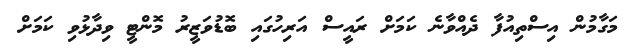
މަގާމުން އިސްތިއުފާ ދެއްވާނެ ކަމަށް ރައީސް އަރިހުގައި ބޮޑުވަޒީރު މޮންޓީ ވިދާޅުވި ކަމަށް